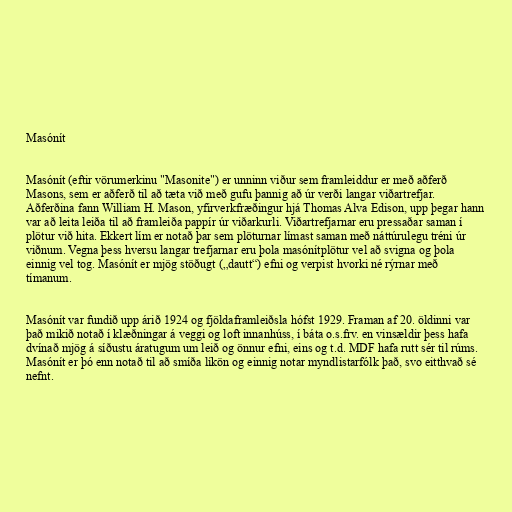
Masónít

Masónít (eftir vörumerkinu "Masonite") er unninn viður sem framleiddur er með aðferð
Masons, sem er aðferð til að tæta við með gufu þannig að úr verði langar viðartrefjar.
Aðferðina fann William H. Mason, yfirverkfræðingur hjá Thomas Alva Edison, upp þegar hann
var að leita leiða til að framleiða pappír úr viðarkurli. Viðartrefjarnar eru pressaðar saman í
plötur við hita. Ekkert lím er notað þar sem plöturnar límast saman með náttúrulegu tréni úr
viðnum. Vegna þess hversu langar trefjarnar eru þola masónítplötur vel að svigna og þola
einnig vel tog. Masónít er mjög stöðugt („dautt“) efni og verpist hvorki né rýrnar með
tímanum.

Masónít var fundið upp árið 1924 og fjöldaframleiðsla hófst 1929. Framan af 20. öldinni var
það mikið notað í klæðningar á veggi og loft innanhúss, í báta o.s.frv. en vinsældir þess hafa
dvínað mjög á síðustu áratugum um leið og önnur efni, eins og t.d. MDF hafa rutt sér til rúms.
Masónít er þó enn notað til að smíða líkön og einnig notar myndlistarfólk það, svo eitthvað sé
nefnt.